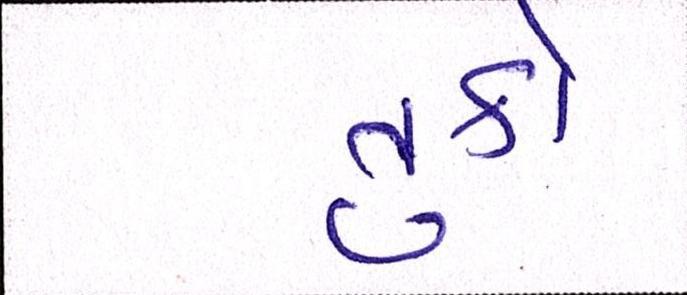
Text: તુર્કી